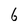
Character: 6